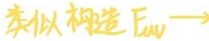
类似构造 $F_{\text{av}}\longrightarrow$